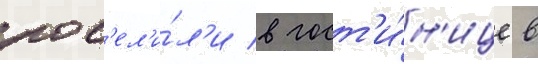
пос'ел'и́л'и в гост'и́н'ице в